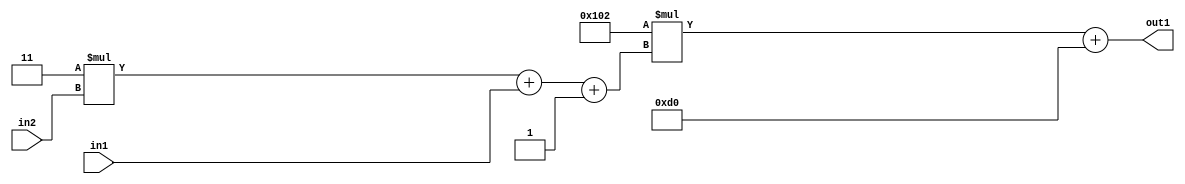
`timescale 1ps / 1ps
/*****************************************************************************
    Verilog RTL Description
    
    
    Created by: Stratus DpOpt 2019.1.01 
*******************************************************************************/

module DC_Filter_Add2i208Mul2i258Add3i1u1Mul2i3u2_4 (
	in2,
	in1,
	out1
	); /* architecture "behavioural" */ 
input [1:0] in2;
input  in1;
output [11:0] out1;
wire [11:0] asc001;
wire [3:0] asc002;

wire [3:0] asc002_tmp_0;
wire [3:0] asc002_tmp_1;
assign asc002_tmp_1 = 
	+(4'B0011 * in2);
assign asc002_tmp_0 = asc002_tmp_1
	+(in1);
assign asc002 = asc002_tmp_0
	+(4'B0001);

wire [11:0] asc001_tmp_2;
assign asc001_tmp_2 = 
	+(12'B000100000010 * asc002);
assign asc001 = asc001_tmp_2
	+(12'B000011010000);

assign out1 = asc001;
endmodule

/* CADENCE  vrP2SA8= : u9/ySgnWtBlWxVPRXgAZ4Og= ** DO NOT EDIT THIS LINE ******/